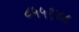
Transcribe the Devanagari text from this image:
८५५१४८